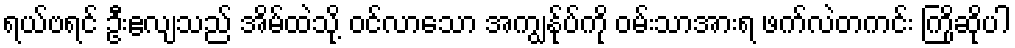
ရယ်ဗရင် ဦးဧလျသည် အိမ်ထဲသို့ ဝင်လာသော အကျွန်ုပ်ကို ဝမ်းသာအားရ ဖက်လဲတကင်း ကြိုဆိုပါ